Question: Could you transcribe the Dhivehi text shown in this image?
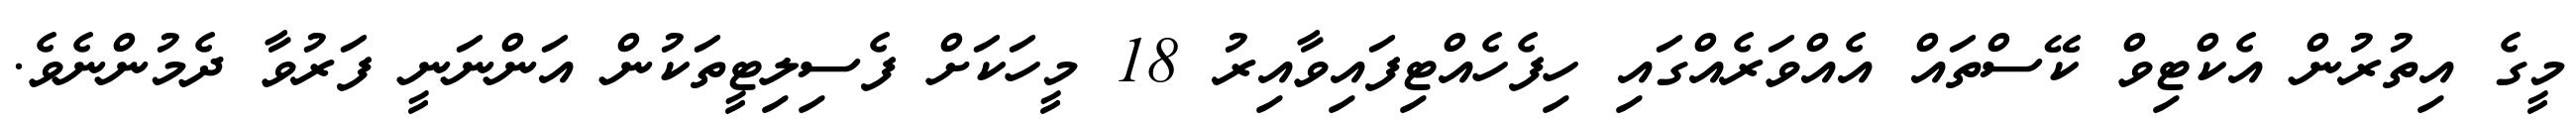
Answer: މީގެ އިތުރުން އެކްޓިވް ކޭސްތައް އެއްވަރެއްގައި ހިފެހެއްޓިފައިވާއިރު 18 މީހަކަށް ފެސިލިޓީތަކުން އަންނަނީ ފަރުވާ ދެމުންނެވެ.